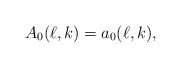
\begin{align*}A_0(\ell,k)=a_0(\ell,k),\end{align*}